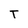
Character: T